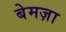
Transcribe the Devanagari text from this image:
बेमज़ा